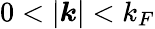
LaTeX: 0<|\boldsymbol{k}|<k_{F}